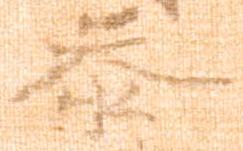
参